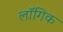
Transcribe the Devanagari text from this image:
लॉगिक